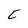
Character: C